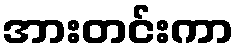
အားတင်းကာ